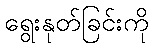
ရွေးနုတ်ခြင်းကို